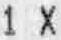
1 X